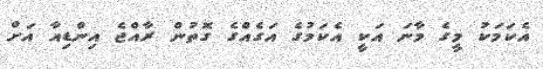
އެކަމަކު މީގެ މާނަ އަކީ އެކަމުގެ އަގެއްގެ ގޮތުން ރާއްޖެ އިންޑިއާ އަށް